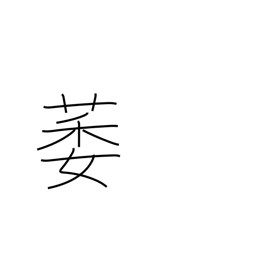
Meaning: lame